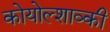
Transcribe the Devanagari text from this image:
कोयोल्शाव्की